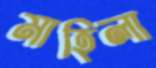
মাহিলা